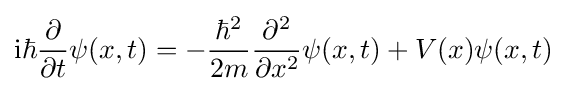
\mathrm {i} \hbar {\frac {\partial }{\partial t}}\psi (x,t)=-{\frac {\hbar ^{2}}{2m}}{\frac {\partial ^{2}}{\partial x^{2}}}\psi (x,t)+V(x)\psi (x,t)